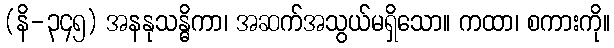
(နိ-၃၄၅) အနနုသန္ဓိကာ၊ အဆက်အသွယ်မရှိသော။ ကထာ၊ စကားကို။